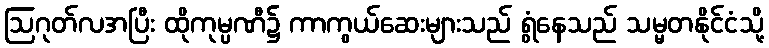
ဩဂုတ်လအပြီး ထိုကုမ္ပဏီ၌ ကာကွယ်ဆေးများသည် ရွံနေသည် သမ္မတနိုင်ငံသို့